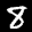
Label: 8